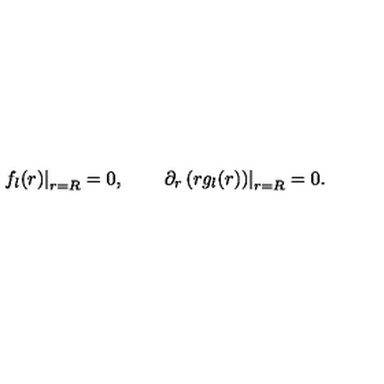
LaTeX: \left. f _ { l } ( r ) \right| _ { r = R } = 0 , \qquad \left. \partial _ { r } \left( r g _ { l } ( r ) \right) \right| _ { r = R } = 0 .